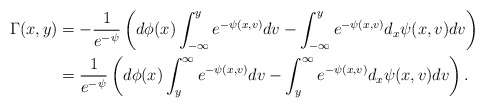
\begin{align*}\Gamma(x,y) &=-\frac{1}{e^{-{\psi}}} \left( d \phi(x) \int_{-\infty}^y e^{-{\psi(x,v) }}dv - \int_{-\infty}^y e^{-{\psi(x,v)}} d_x {\psi} (x,v) dv \right) \\&= \frac{1}{e^{-\psi}} \left( d \phi(x) \int_{y}^\infty e^{-{\psi(x,v) }}dv - \int_{y}^\infty e^{-{\psi(x,v)}} d_x {\psi} (x,v) dv \right) .\end{align*}